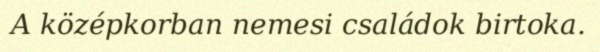
A középkorban nemesi családok birtoka.